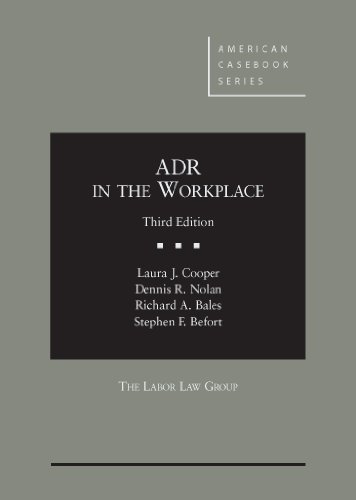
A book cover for ADR in the Workplace (American Casebook Series); Laura Cooper; Law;